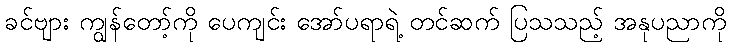
ခင်ဗျား ကျွန်တော့်ကို ပေကျင်း အော်ပရာရဲ့ တင်ဆက် ပြသသည့် အနုပညာကို